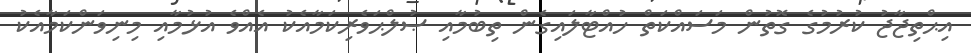
އިޙްތިޖާޖު ކުރުމުގެ ގޮތުން މަސައްކަތް ހުއްޓާލައިގެން ތިބުމާއި ޞުލްޙަވެރިކަމާއެކު އެއްވެ އުޅުމާއި މިނިވަންކަމާއެކު